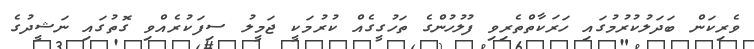
ވެރިކަން ބަދަލުކުރުމުގައި ހަރަކާތްތެރިވި ފުލުހުންގެ ތަހުގީގެއް ކުރުމަކީ ޖަމީލު ސިފަކުރެއްވި ގޮތުގައި ނަޝީދުގެ